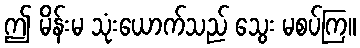
ဤ မိန်းမ သုံးယောက်သည် သွေး မစပ်ကြ။